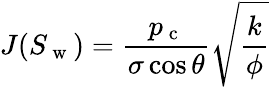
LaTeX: J(S_{\mathrm{~w~}})=\frac{p_{\mathrm{~c~}}}{\sigma\cos\theta}\sqrt{\frac{k}{\phi}}